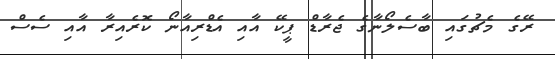
ރޭގެ މެޗުގައި ބާސެލޯނާގެ ޖެރާޑް ޕީކޭ އާއި އެޑްރިއާނޯ ކޮރެއިރާ އާއި ސެސް